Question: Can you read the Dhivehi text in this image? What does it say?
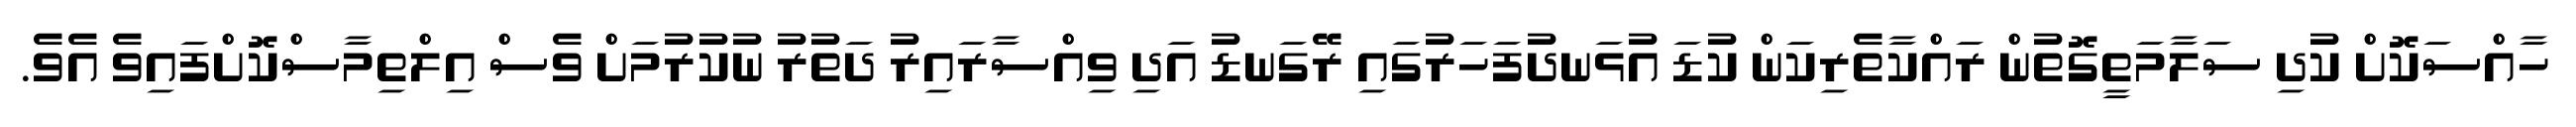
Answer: ހާއްސަކޮށް ކުދި ސަލާމަތީގޮތުން ރައްކާތެރިކަން ކުޑަ އުޅަނދުފަހަރުގައި ރޭގަނޑު އަދި ވިއްސާރައިރު ދަތުރު ނުކުރުމަށް ވެސް އިލްތިމާސްކޮށްފައިވެ އެވެ.